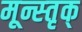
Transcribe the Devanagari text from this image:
मून्स्तृक्